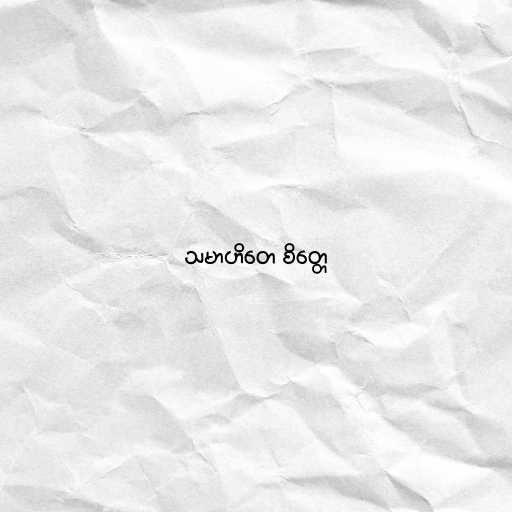
သမာဟိတေ စိတ္တေ